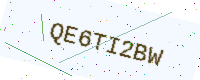
Text: QE6TI2BW